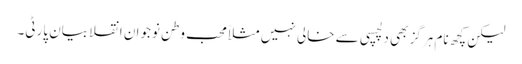
لیکن کچھ نام ہرگز بھی دلچسپی سے خالی نہیں مثلاًمحب وطن نوجوان انقلابیان پارٹی۔